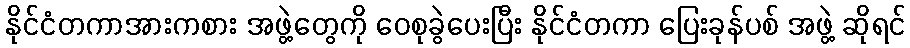
နိုင်ငံတကာအားကစား အဖွဲ့တွေကို ဝေစုခွဲပေးပြီး နိုင်ငံတကာ ပြေးခုန်ပစ် အဖွဲ့ ဆိုရင်